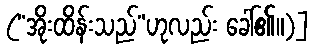
(“အိုးထိန်းသည်”ဟုလည်း ခေါ်၏။)]